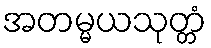
အတမ္မယသုတ္တံ